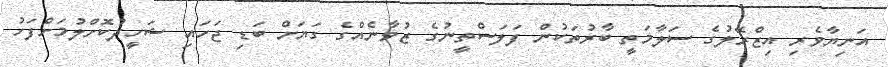
އަނިޔާވެރި އިޒްރޭލުގެ ސަލާމަތީ ބާރުތަކުން ފަލަސްތީނުގެ ޒުވާނެއްގެ ގަޔަށް ބަޑި ޖަހައި ޝަހީދުކޮށްލުމަށްފަހު